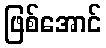
ဖြစ်အောင်